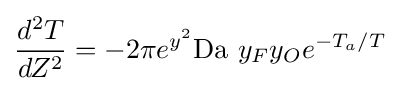
{\frac {d^{2}T}{dZ^{2}}}=-2\pi e^{y^{2}}\mathrm {Da} \ y_{F}y_{O}e^{-T_{a}/T}